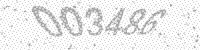
Solution: 003486